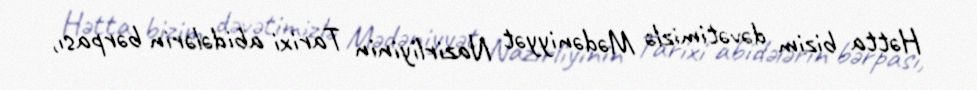
Hətta bizim dəvətimizlə Mədəniyyət Nazirliyinin Tarixi abidələrin bərpası,